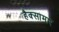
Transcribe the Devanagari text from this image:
हैक्सामार